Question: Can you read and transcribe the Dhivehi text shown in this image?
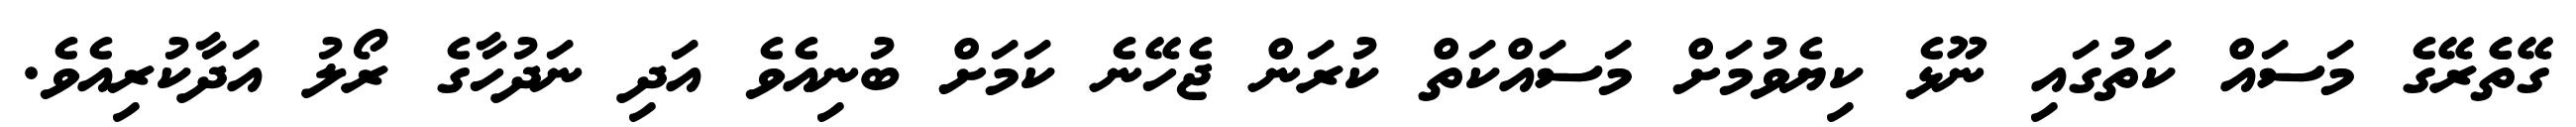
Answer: ގޭތެެރޭގެ މަސައް ކަތުގައި ނޫޅެ ކިޔެވުމަށް މަސައްކަތް ކުރަން ޖެހޭނެ ކަމަށް ބުނިއެވެ އަދި ނަދުހާގެ ރޯލު އަދާކުރިއެވެ.